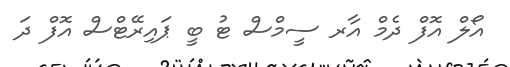
އޯލް އޮފް ދެމް އާރ ސީމްސް ޓު ބީ ޕައިރޭޓްސް އޮފް ދަ